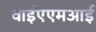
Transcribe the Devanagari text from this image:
वाईएएमआई